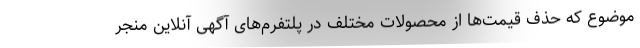
موضوع که حذف قیمت‌ها از محصولات مختلف در پلتفرم‌های آگهی آنلاین منجر